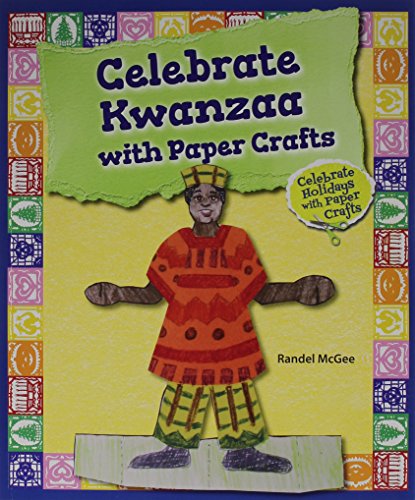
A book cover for Celebrate Kwanzaa With Paper Crafts (Celebrate Holidays With Paper Crafts); Randel McGee; Children's Books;